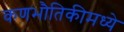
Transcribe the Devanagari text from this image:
कणभौतिकीमध्ये